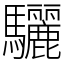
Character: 驪